Statistics compiled by the Government of India from the reports of provincial Civil Veterinary Departments
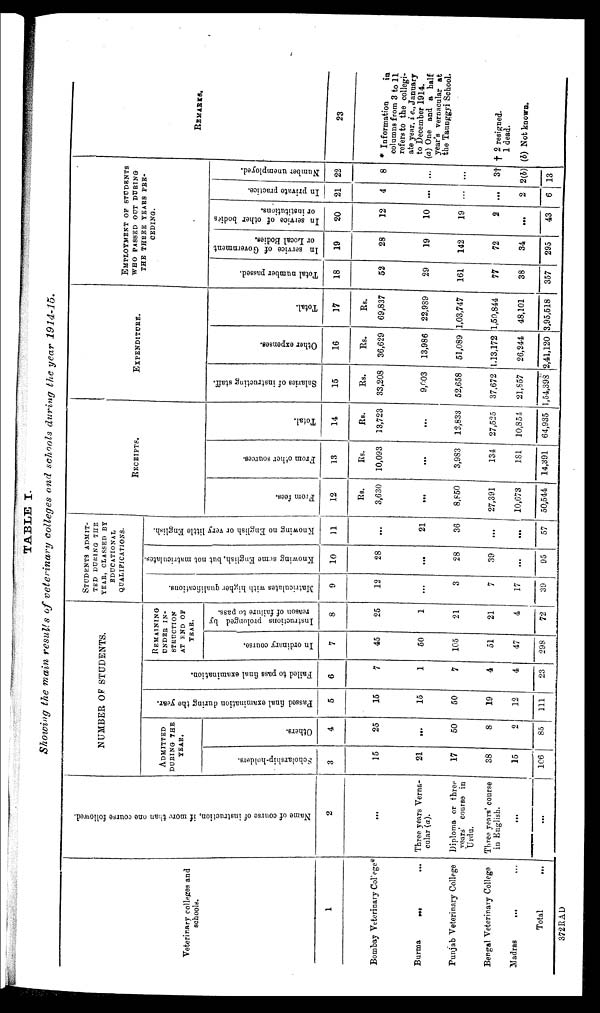
TABLE I.
Showing the main results of veterinary colleges and schools during the year 1914-15.
Veterinary colleges and
schools.
1
Bombay Veterinary College*
Burma
...
...
Punjab Veterinary College
Bengal Veterinary College
Madras
... ...
Total ...
Name of course of instruction, if more than one course followed.
2
...
Three years Verna-
cular (a).
Diploma or three
years' course in
Urdu.
Three years' course
in English.
...
...
NUMBER OF STUDENTS.
ADMITTED DURING THE
YEAR.
Scholarship-holders.
3
15
21
17
38
15
106
Others.
4
25
...
50
8
2
85
Passed final examination during the year.
5
15
15
50
19
12
111
Failed to pass final examination.
6
7
1
7
4
4
23
REMAINING
UNDER IN-
STEUCTION
AT END OF
YEAR.
In ordinary course.
7
45
50
105
51
47
298
Instructions prolonged by
reason of failure to pass.
8
25
1
21
21
4
72
STUDENTS ADMIT-
TED DURING THE
YEAR, CLASSED BY
EDUCATIONAL
QUALIFICATIONS.
Matriculates with higher qualifications.
9
12
...
3
7
17
39
Knowing some English, but not matriculates.
10
28
...
28
39
...
95
Knowing no English or very little English.
11
...
21
36
...
...
57
RECEIPTS.
From fees.
12
Rs.
3,630
...
8,850
27,391
10,673
50,544
From other sources.
13
Rs.
10,093
...
3,983
134
181
14,391
Total.
14
Rs.
13,723
...
12,833
27,525
10,854
64,935
EXPENDITURE.
Salaries of instructing staff.
15
Rs.
33,208
9,003
52,658
37,672
21,857
1,54,398
Other expenses.
16
Rs.
36,629
13,986
51,089
1,13,172
26,244
2,41,120
Total.
]7
Rs.
69,837
22,989
1,03,747
1,50,844
48,101
3.95,518
EMPLOYMENT OF STUDENTS
EMPLOYMENT OF STUDENTS
THE THREE YEARS PRE-
CEDING.
Total number passed.
18
52
29
161
77
38
357
In service of Government
or Local Bodies.
19
28
19
142
72
34
295
In service of other bodies
or institutions.
20
12
10
19
2
...
43
In private practice.
21
4
...
...
2
6
Number unemployed.
22
8
...
...
3†
2(b)
13
REMARKS.
23
* Information
in
columns from 3 to 11
refers to the collegi-
ate year, i e., January
to December 1914.
(a) One and a half
year's vernacular at
the Taunggyi School.
† 2 resigned.
1 dead.
(b) Not known.
372RAD